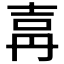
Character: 𡔤